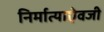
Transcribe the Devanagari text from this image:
निर्मात्याऐवजी